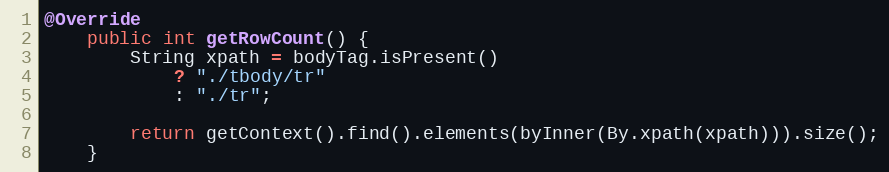
Language: Java
@Override
    public int getRowCount() {
        String xpath = bodyTag.isPresent()
            ? "./tbody/tr"
            : "./tr";

        return getContext().find().elements(byInner(By.xpath(xpath))).size();
    }